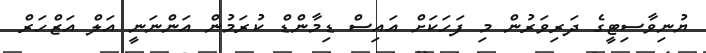
ޔުނިވާސިޓީގެ ދަރިވަރުން މި ފަހަކަށް އައިސް ޑިމާންޑް ކުރަމުން އަންނަނީ އަލް އަޒްހަރް